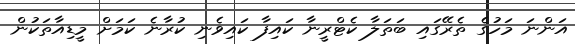
އަންނަ މަހުގެ ތެރޭގައި ބަތަލާ ކެޓްރީނާ ކައިފާ ކައިވެނި ކުރާނެ ކަމަށް މީޑިއާތަކުން